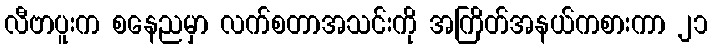
လီဗာပူးက စနေညမှာ လက်စတာအသင်းကို အကြိတ်အနယ်ကစားကာ ၂၁